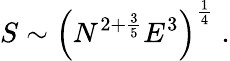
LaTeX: S\sim\left(N^{2+\frac{3}{5}}E^{3}\right)^{\frac{1}{4}}\; .